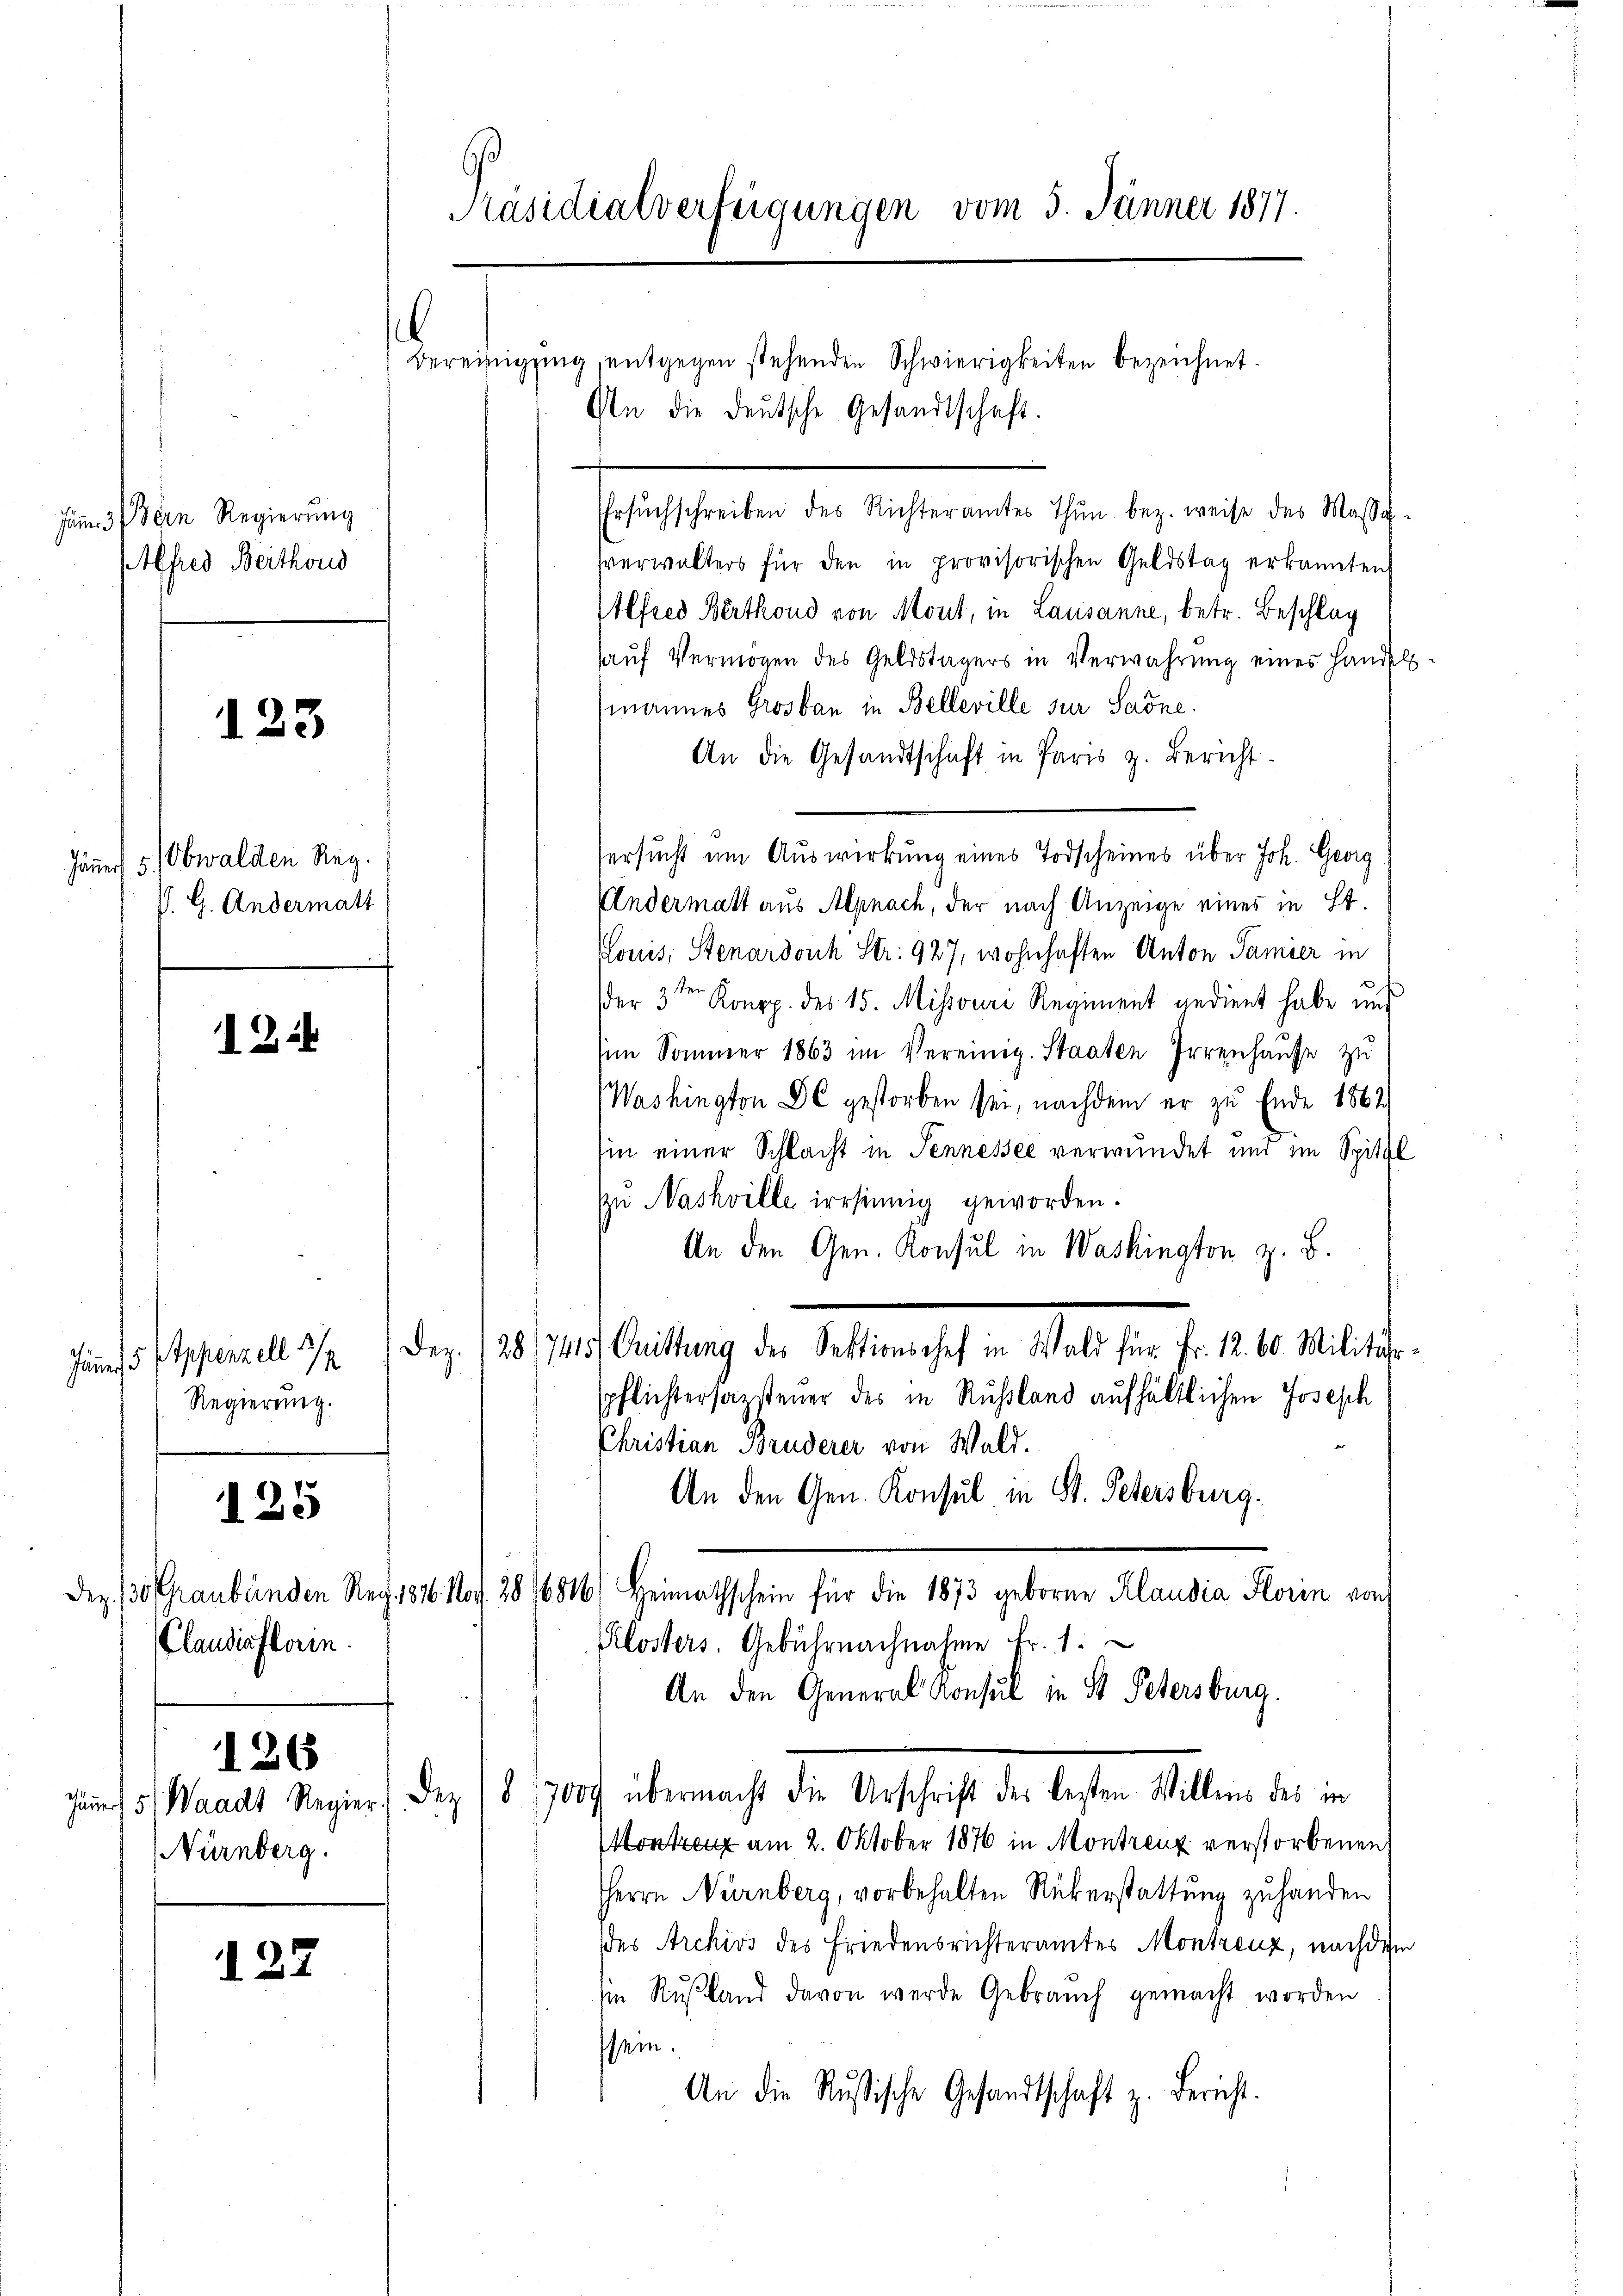
Jan. 3 ein Regierung
Alfred Beithous

123

Obwalden Reg.
Jänner 5.
P. G. Andermatt

12.

Regierung.

125

126

122

Ersŭchschreiben des Richteramtes thun bez. weise des Massa-
sverwalters für den in provisorischen Geldstag erkannten
Alfred Berthond von Mont, in Lausanne, betr. Beschlag
hauf Vermögen des Geldstagers in Verwahrung eines Handel
mannes Grosbau in Belleville sur Sadne:
An die Gesandtschaft in Paris z. Bericht.
ersucht um Auswirkung eines Todscheines über Joh. Georg
Andermatt aus Alpnach, der nach Anzeige eines in St.
Louis, Stenardouch Str. 927, wohnhaften Anton Samier in
n
der 3. Konpp. des 15. Missouri Regiment nedient habe und
Im Sommer 1863 im Vereinig. Staaten Irrenhaŭse zu
Washington BC gestorben sei, nachdem er zu Ende 1862
sin einer Schlacht in Tennessee verwundet und im Spitzl
zu Nashville irrsinnig geworden.
An den Gen. Konsul in Washington z. B.
sino Mariell 3/4 / dez. 128 (145. Christung der Vollmachet in Wald für Fr. 12. 10 Militar
spflichtersazsteuer des in Russland aufhältlichen Joseph
Christian Bruderer von Wald.
An den Gen. Konsul in St. Petersburg.
Den 130 Graubünden Rech. 1816. No. 28/6816/ Heimathschein für die 1873 geboren Klaudia Storin von
Klosters. Gebührnachnahme Fr. 1.
An den General Konsul in St. Petersburg.
Jer 5) Waadt Regier. Dez (§ 17000 übermacht die Urschrift des besten Willens des in
Montanz am 2. Oktober 1876 in Montreux verstorbenen
Herrn Nürnberg, vorbehalten Rükerstattung zu handen
des Archivs des Friedensrichteramtes Montreuz, nachdem
sie Rußland davon werde Gebrauch gemacht worden
sein.
An die Russische Gesandtschaft z. Bericht.

Claudiaflerin.

Nürnberg.

Präsidialverfügungen vom 5. Jänner 1877.

Bereifügung, entgegen stehenden Schwierigkeiten bezeichnet.
An die deutsche Gesandtschaft.